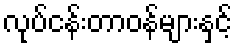
လုပ်ငန်းတာဝန်များနှင့်